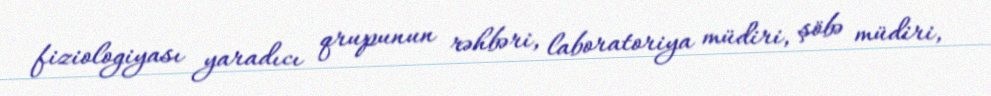
fiziologiyası yaradıcı qrupunun rəhbəri, laboratoriya müdiri, şöbə müdiri,